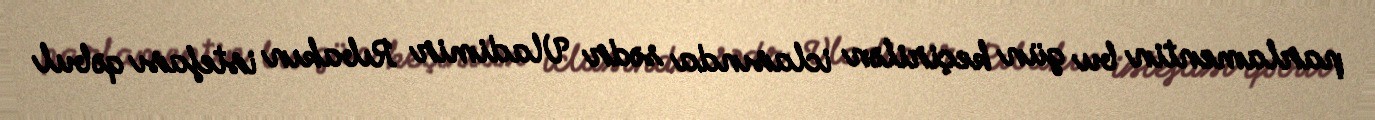
parlamentin bu gün keçirilən iclasında sədr Vladimir Rıbakın istefası qəbul